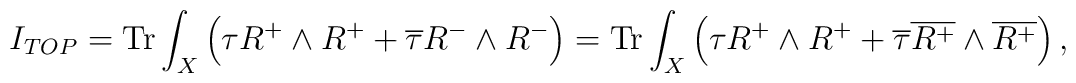
I_{TOP}={\rm Tr}\int_{X}\left( \tau R^{+}\wedge R^{+}+\overline\tau R^{-}\wedge R^{-}\right)={\rm Tr}\int_{X}\left( \tau R^{+}\wedge R^{+}+\overline\tau\overline{R^{+}}\wedge\overline{R^{+}}\right),